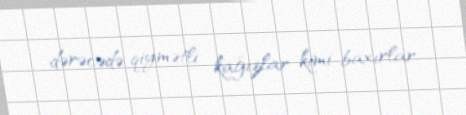
dərəcədə qiymətli kağızlar kimi baxırlar.